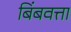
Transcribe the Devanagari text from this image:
बिंबवत्ता